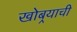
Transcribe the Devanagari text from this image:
खोबर्‍याची